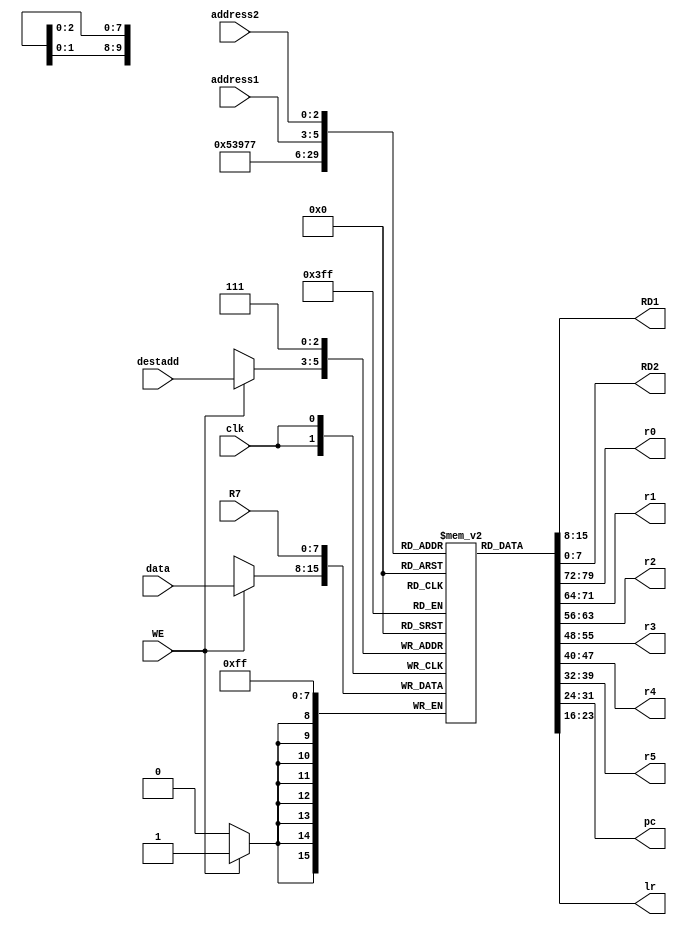
module regfile (clk, address1, address2, destadd, RD1, RD2, WE, data, R7, r0, r1, r2, r3, r4, r5, pc, lr);
	
	input clk, WE;
	input [2:0] address1, address2, destadd;
	input [7:0] data, R7;
	output reg [7:0] RD1, RD2;
	output [7:0] r0, r1, r2, r3, r4, r5, pc,lr;	
	reg [7:0] regfile [7:0];
	
	assign r0 = regfile[0];
	assign r1 = regfile[1];
	assign r2 = regfile[2];
	assign r3 = regfile[3];
	assign r4 = regfile[4];
	assign r5 = regfile[5];
	assign pc = regfile[6];
	assign lr = regfile[7];
	
	initial begin
		regfile[0] = 0;
		regfile[1] = 0;
		regfile[2] = 0;
		regfile[3] = 0;
		regfile[4] = 0;
		regfile[5] = 0;
		regfile[6] = 0;
		regfile[7] = 0;
	end
		
	always @(*)
		begin
			RD1 = regfile[address1];
			RD2 = regfile[address2];
		end
		
	always @(posedge clk) 
		begin
			regfile[7] = R7;
			if (WE == 1)
				begin
					regfile[destadd] <= data;
				end
		end
endmodule